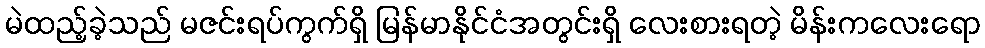
မဲထည့်ခဲ့သည် မဇင်းရပ်ကွက်ရှိ မြန်မာနိုင်ငံအတွင်းရှိ လေးစားရတဲ့ မိန်းကလေးရော